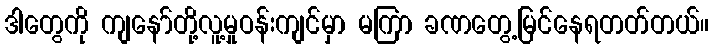
ဒါတွေကို ကျနော်တို့လူ့မှုဝန်းကျင်မှာ မကြာ ခဏတွေ့မြင်နေရတတ်တယ်။